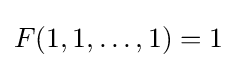
F(1,1,\ldots ,1)=1